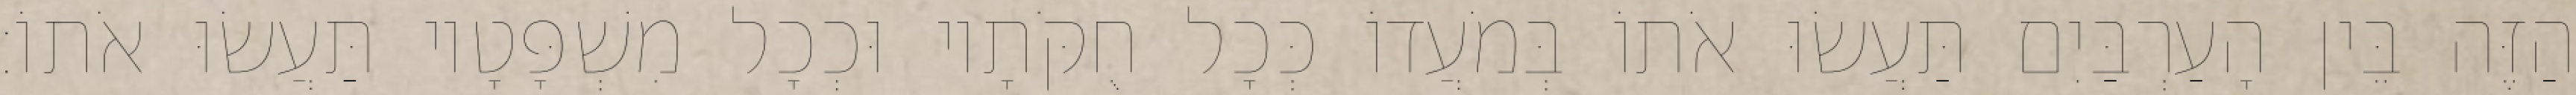
הַזֶּה בֵּין הָעַרְבַּיִם תַּעֲשׂוּ אֹתוֹ בְּמֹעֲדוֹ כְּכָל חֻקֹּתָיו וּכְכָל מִשְׁפָּטָיו תַּעֲשׂוּ אֹתוֹ׃